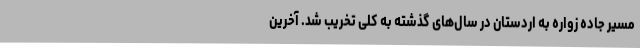
مسیر جاده زواره به اردستان در سال‌های گذشته به کلی تخریب شد. آخرین